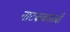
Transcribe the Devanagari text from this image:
नाटककाराची